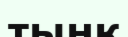
тыңқ